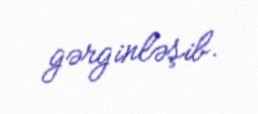
gərginləşib.